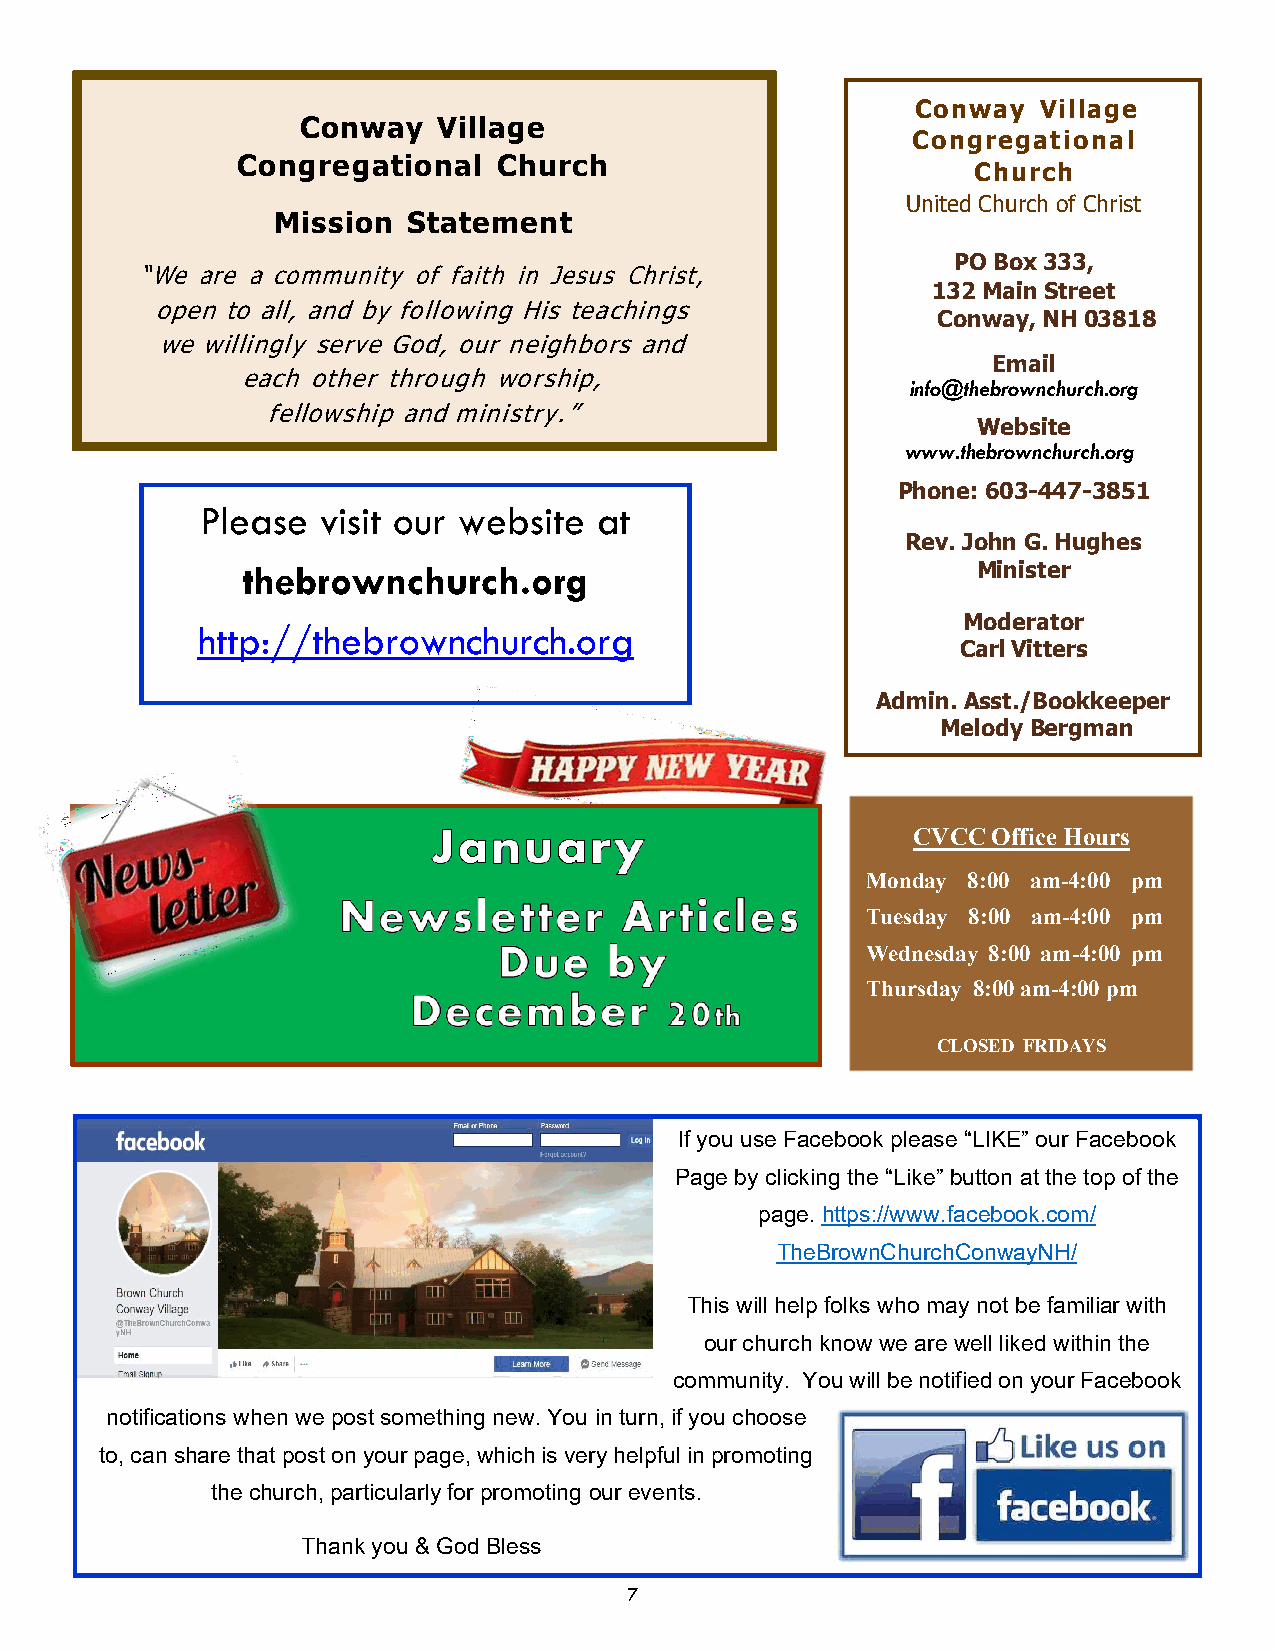
Conway  Village
 Conway   Village
 Congregational
 Congregational   Church
 Church
 United Church of Christ
 Mission  Statement
 PO Box 333,
 “ We are a community of faith in Jesus Christ,
 132 Main Street
 open to all, and by following His teachings
 Conway, NH 03818
 we willingly serve God, our neighbors and
 Email
 each other through worship,                 info@thebrownchurch.org
 fellowship and ministry.”
 Website
 www.thebrownchurch.org
 Phone: 603-447-3851
 Please  visit our website  at
 Rev. John G. Hughes
 thebrownchurch.org                               Minister
 http://thebrownchurch.org
 Moderator
 Carl Vitters
 Admin. Asst./Bookkeeper
 Melody Bergman
 CVCC  Office Hours
 Monday 8:00 am-4:00 pm
 Tuesday 8:00 am-4:00 pm
 Wednesday 8:00 am-4:00 pm
 Thursday 8:00 am-4:00 pm
 CLOSED FRIDAYS
 If you use Facebook please “LIKE” our Facebook
 Page by clicking the “Like” button at the top of the
 page. https://www.facebook.com/
 TheBrownChurchConwayNH/
 This will help folks who may not be familiar with
 our church know we are well liked within the
 community. You will be notified on your Facebook
 notifications when we post something new. You in turn, if you choose
 to, can share that post on your page, which is very helpful in promoting
 the church, particularly for promoting our events.
 Thank you & God Bless
 7